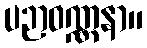
ပဉာဝဏ္ဏနာ။